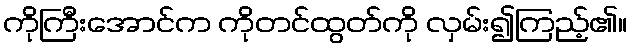
ကိုကြီးအောင်က ကိုတင်ထွတ်ကို လှမ်း၍ကြည့်၏။